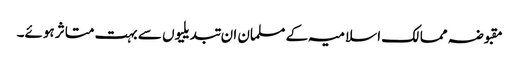
مقبوضہ ممالک اسلامیہ کے مسلمان ان تبدیلیوں سے بہت متاثر ہوئے۔